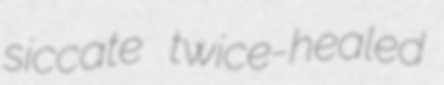
siccate twice-healed